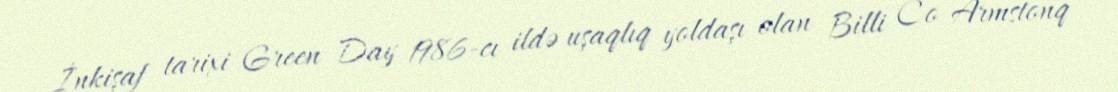
İnkişaf tarixi Green Day 1986-cı ildə uşaqlıq yoldaşı olan Billi Co Armstonq